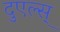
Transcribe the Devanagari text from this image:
दुएल्स्